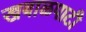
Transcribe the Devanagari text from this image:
खबाळपाटी